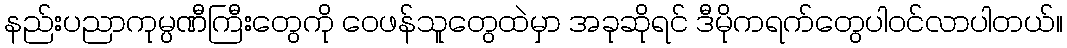
နည်းပညာကုမ္ပဏီကြီးတွေကို ဝေဖန်သူတွေထဲမှာ အခုဆိုရင် ဒီမိုကရက်တွေပါဝင်လာပါတယ်။